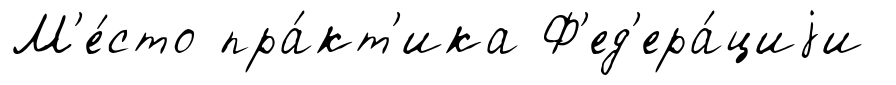
М'е́сто пра́кт'ика Ф'ед'ера́циjи